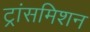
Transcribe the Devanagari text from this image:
ट्रांसमिशन